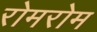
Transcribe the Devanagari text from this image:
रोमरोम